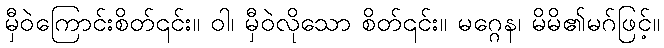
မှီဝဲကြောင်းစိတ်၎င်း။ ဝါ၊ မှီဝဲလိုသော စိတ်၎င်း။ မဂ္ဂေန၊ မိမိ၏မဂ်ဖြင့်။